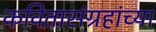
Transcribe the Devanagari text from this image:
कवितासंग्रहांच्या